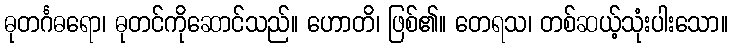
ဓုတင်္ဂဓရော၊ ဓုတင်ကိုဆောင်သည်။ ဟောတိ၊ ဖြစ်၏။ တေရသ၊ တစ်ဆယ့်သုံးပါးသော။